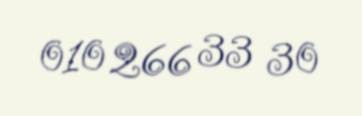
010 266 33 30